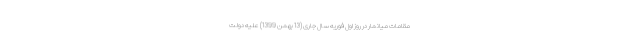
مقامات میانمار در روز اول فوریه سال جاری (13 بهمن 1399) علیه دولت